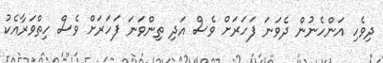
ދިވެހި އަންހެނުން ދެވަނަ ފަހަރަށް ވެސް އަދި ތިންވަނަ ފަހަރަށް ވެސް ހިތްވަރާއެކު